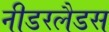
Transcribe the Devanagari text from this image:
नीडरलैडस